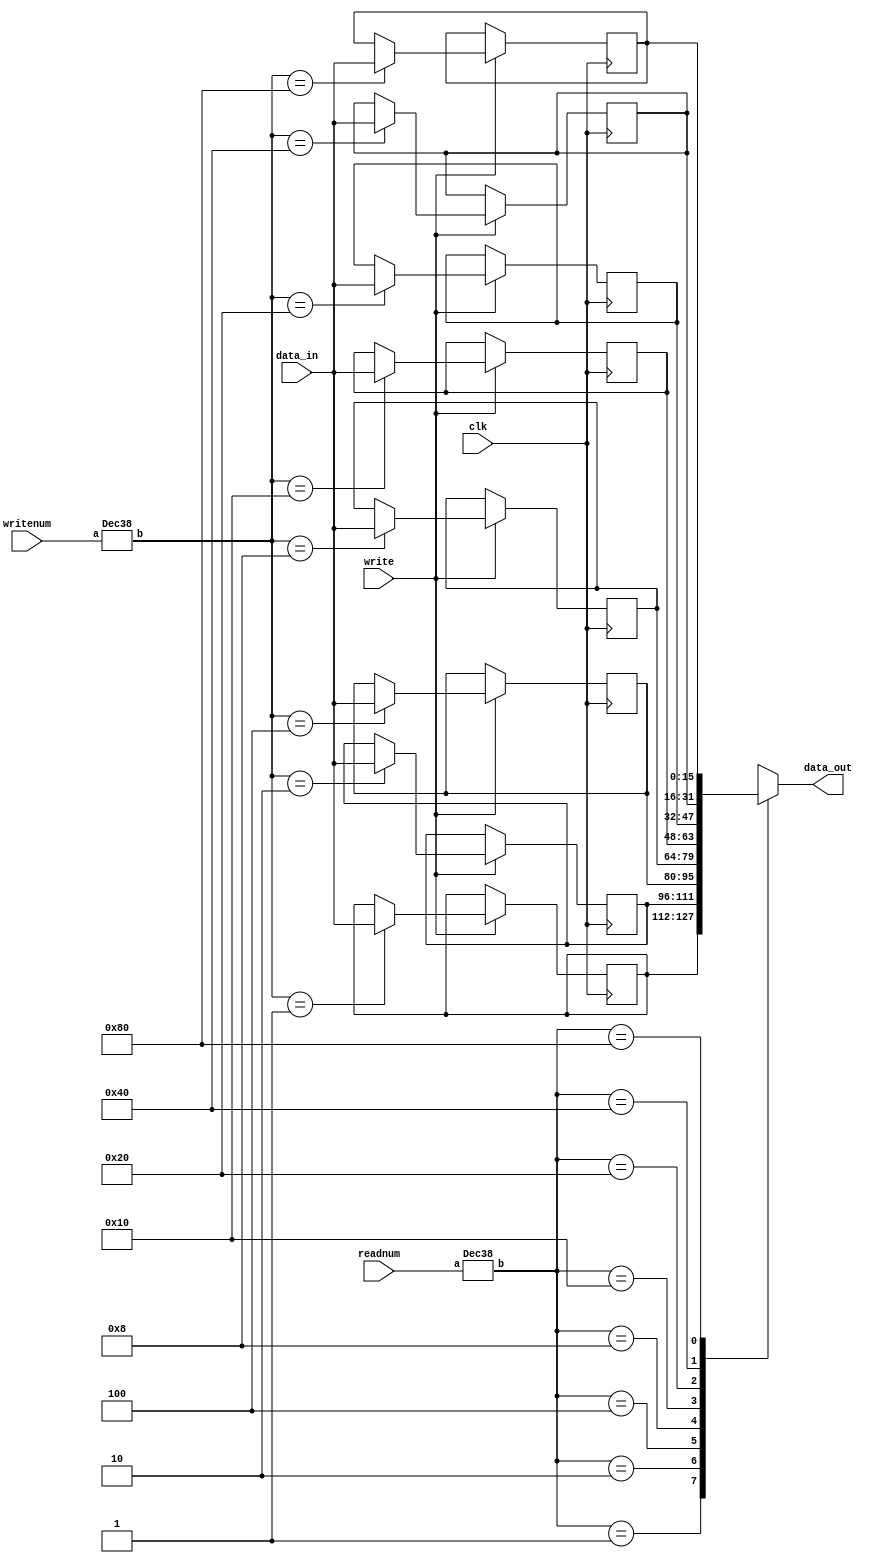
module regfile(data_in,writenum,write,readnum,clk,data_out);
    input [15:0] data_in;
    input [2:0] writenum, readnum;
    input write, clk;
    output [15:0] data_out;

    //declare data_out as reg
    reg [15:0] data_out;
    //8 registers
    reg [15:0] R0, R1, R2, R3, R4, R5, R6, R7;

    //wires to store the one hot code indicating 1 of 8 registers
    wire [7:0] onehotwritenum;
    wire [7:0] onehotreadnum;

    //decode the binary writenum and readnum to one hot code (3:8)
    Dec38 decodedwritenum(writenum, onehotwritenum);
    Dec38 decodedreadnum(readnum, onehotreadnum);

    //on a rising edge of clk if write is 1 then data_in is 
        //written into register indicated by onehotwritenum
    always @(posedge clk) begin
        if (write) begin 
            case(onehotwritenum)
                8'b00000001: R0 = data_in; //write data_in into register specified by writenum
                8'b00000010: R1 = data_in;
                8'b00000100: R2 = data_in;
                8'b00001000: R3 = data_in;
                8'b00010000: R4 = data_in;
                8'b00100000: R5 = data_in;
                8'b01000000: R6 = data_in;
                8'b10000000: R7 = data_in;
                //default: R0 = 16'bxxxxxxxxxxxxxxxx; 
            endcase
        end
    end

    //whenever onehotreadnum changes, value in R0 is written to data_out
    //always checking to see if onehotreadnum changes (not clk triggered)
    //case format from slideset 6, slide 21
    always @* begin
        case(onehotreadnum)
            8'b00000001: data_out = R0; //write value in register to dataout
            8'b00000010: data_out = R1;
            8'b00000100: data_out = R2;
            8'b00001000: data_out = R3;
            8'b00010000: data_out = R4;
            8'b00100000: data_out = R5;
            8'b01000000: data_out = R6;
            8'b10000000: data_out = R7;
            default: data_out = 16'bxxxxxxxxxxxxxxxx; 
        endcase
    end

endmodule

//decoder format from slideset 6
module Dec38(a,b);
    //instantiation format: Dec #(n,m) nameOfInstance(a,b);
    //               gives n -> m decoder
    parameter n=3;
    parameter m=8;

    input [n-1:0] a; //binary 
    output [m-1:0] b; //1 hot

    wire [m-1:0] b = 1 << a; //1 shifted to the left by a bit positions
endmodule